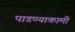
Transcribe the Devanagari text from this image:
पाडण्याकामी